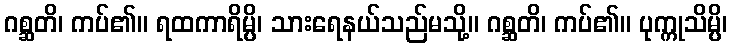
ဂစ္ဆတိ၊ ကပ်၏။ ရထကာရိမ္ပိ၊ သားရေနယ်သည်မသို့။ ဂစ္ဆတိ၊ ကပ်၏။ ပုက္ကုသိမ္ပိ၊